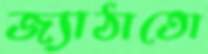
জ্যাঠাতো